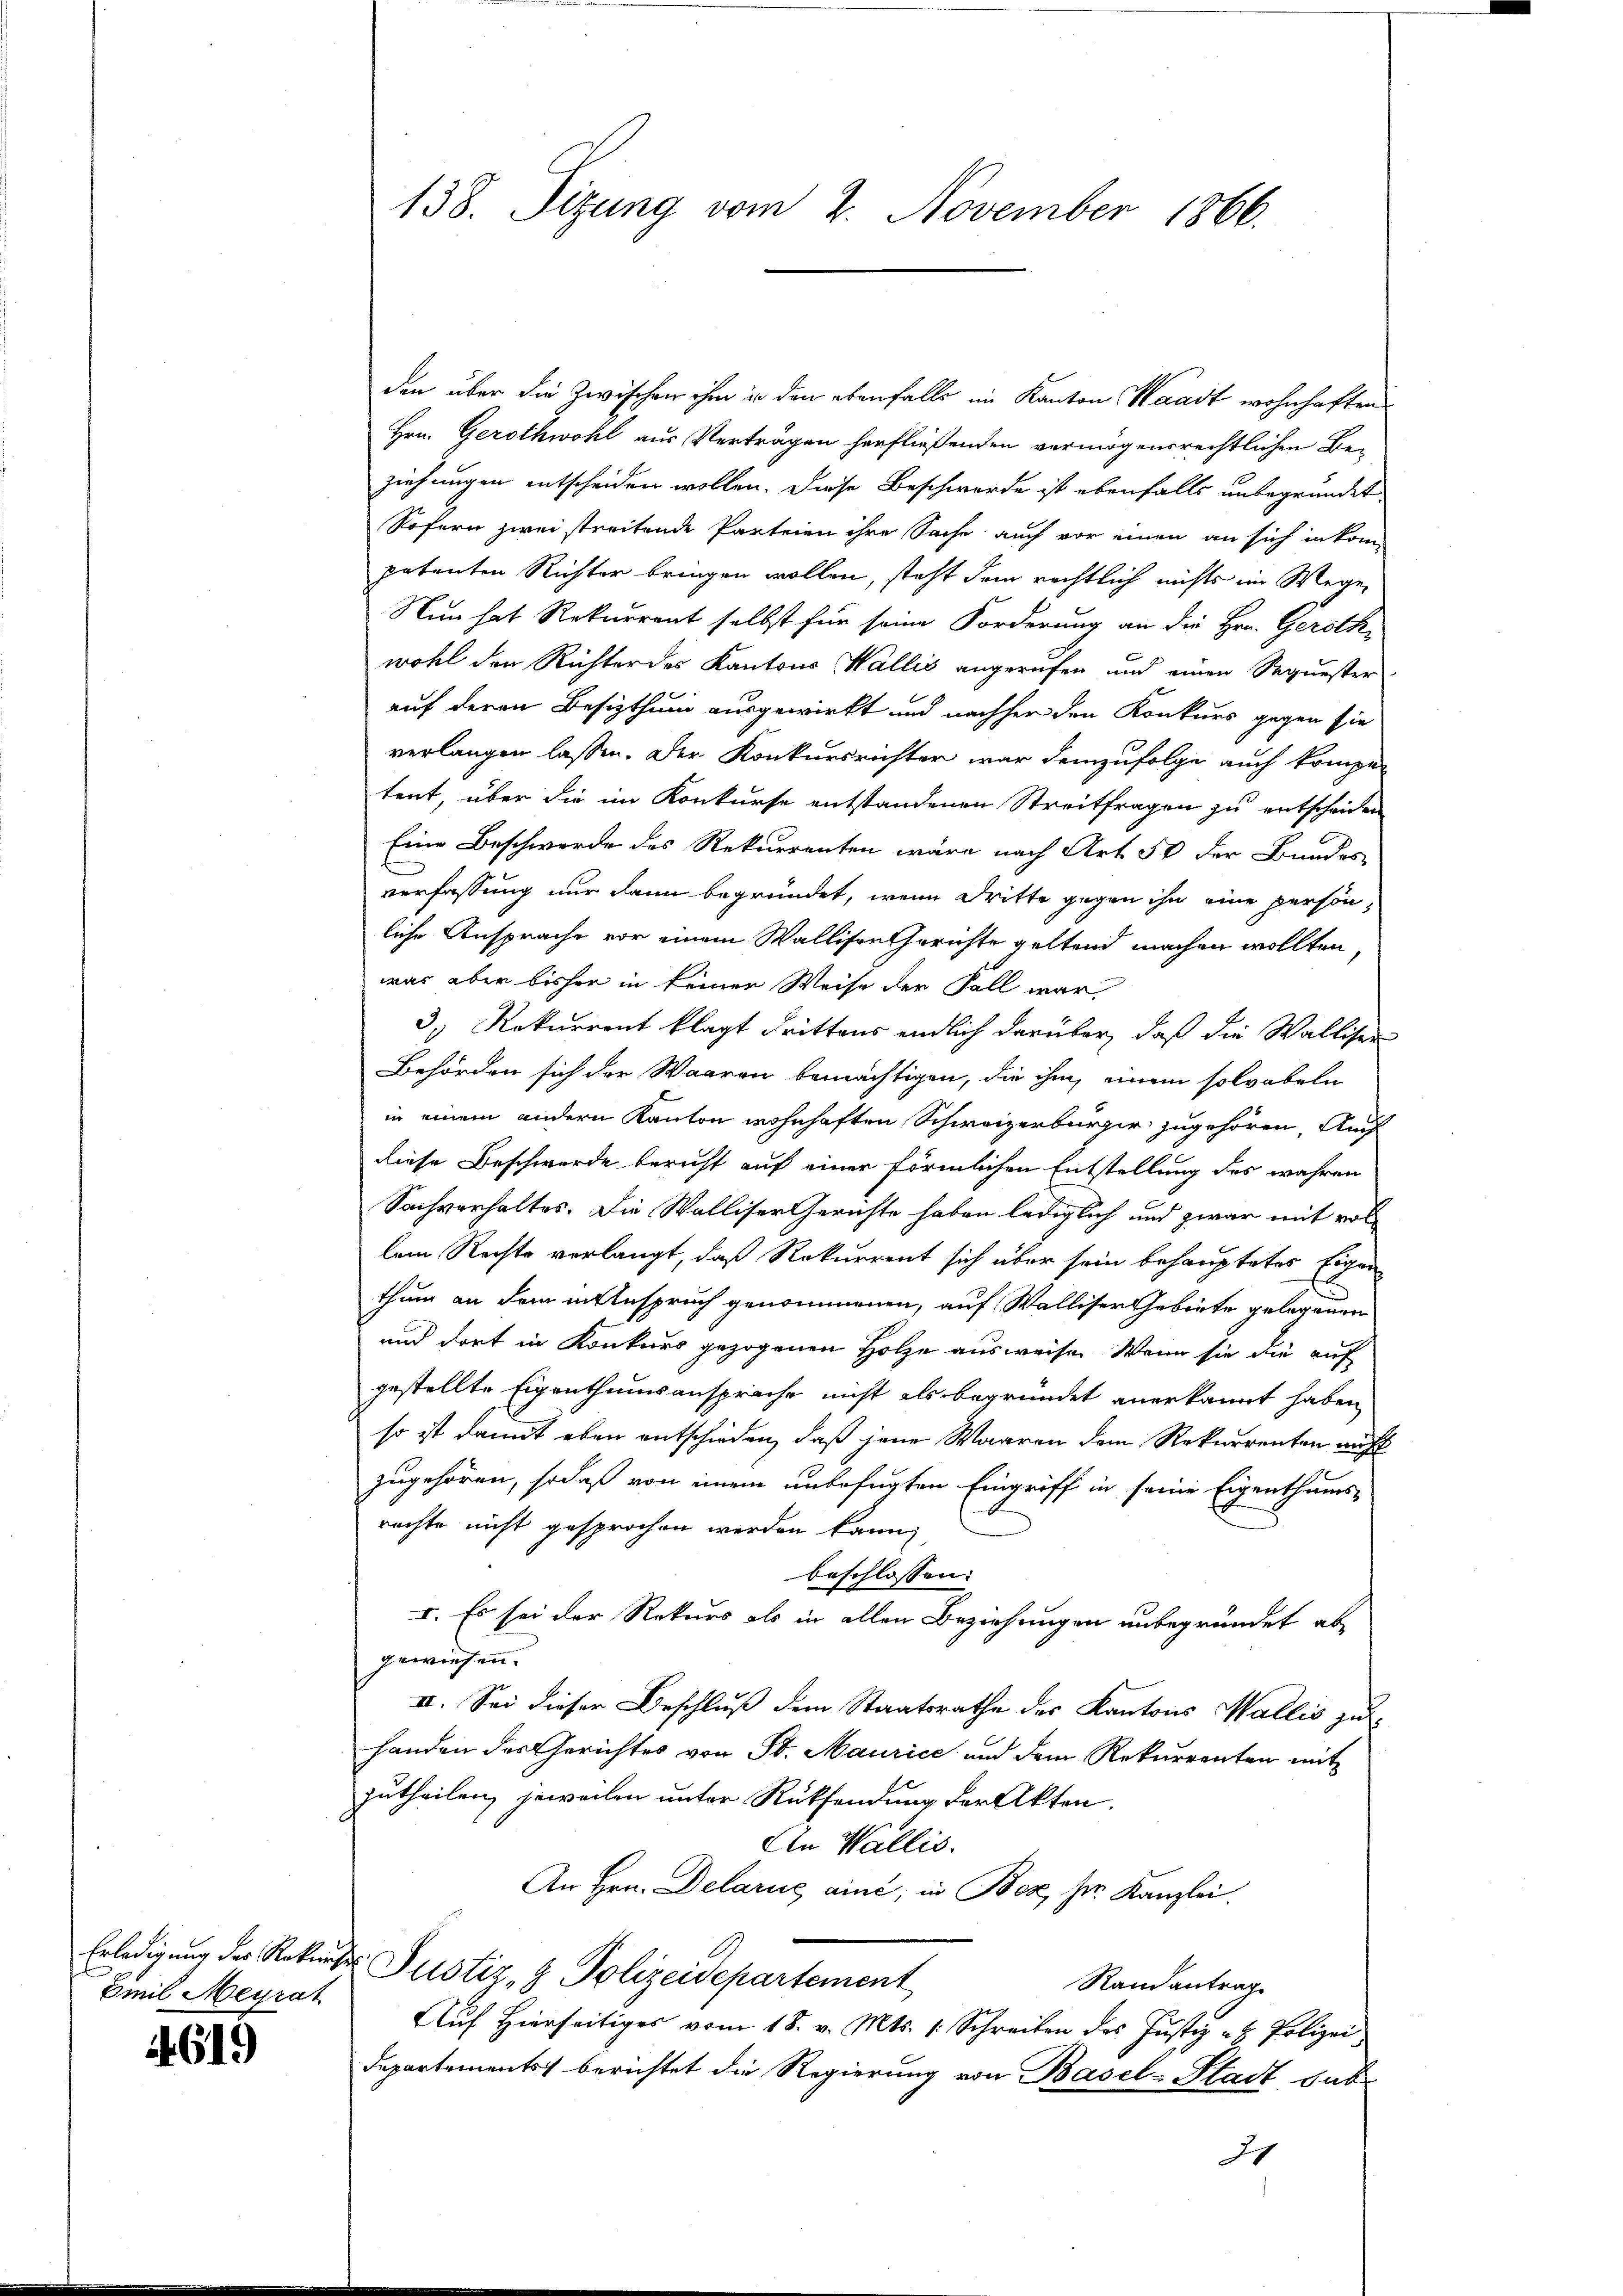
Emil Meyrat

619)

den über die zwischen ihm in den ebenfalls im Kanton Waadt wohnhaften
Hrn. Gerothwohl aus Verträgen herfließenden vermögensrechtlichen Beziehungen entscheiden wollen. Diese Beschwerde ist ebenfalls unbegründet
Sofern zwei streitende Parteien ihre Sache auch vor einen an sich in kom
petenten Richter bringen wollen, steht dem rechtlich nichts im Wege,
Nun hat Rekurrent selbst für seine Forderung an die Hrn. Geroth-
wohl den Richter des Kantons Wallis angerufen und einen Sequester
auf deren Besitzthum ausgewirkt und nachher den Konkurs gegen sie
verlangen lassen. Der Konkursrichter war demzufolge auch kompe-
tent, über die im Konkurse entstandenen Streitfragen zu entscheiden
Eine Beschwerde des Rekurrenten wäre nach Art. 50 der Bundes
verfassung nur dann begründet, wenn Dritte gegen ihn eine persönliche Ansprache vor einem Walliser Gerichte geltend machen wollten
was aber bisher in keiner Weise der Fall war
3. Rekurrent klagt drittens endlich darüber, daß die Walliser
Behörden sich der Waaren bemächtigen, die ihm einem solvabeln
in einem andern Kanton wohnhaften Schweizerbürger zugehören, Auch
diese Beschwerde bericht auf einer förmlichen Entstellung des wahren
Sachverhaltes. Die Walliser Gerichte haben lediglich und zwar mit vollem Rechte verlangt, daß Rekurrent sich über sein behauptetes Eigen
thum an dem mittespruch genommenen, auf Walliser Gebiete gelegenen
und dort in Konkurs gezogenen Holze ausweise. Wenn sie die auf
gestellte Eigenthumsansprache nicht als begründet anerkannt haben
so ist damit eben entschieden, daß jene Waaren dem Rekurrenten nicht
zugehören, sodaß von einem unbefugten Eingriff in seine Eigenthums-
rechte nicht gesprochen werden kann,
beschlossen:
I. Es sei der Rekurs als in allen Beziehungen unbegründet ab
gewiesen.
II. Sei dieser Beschluß dem Staatsrathe des Kantons Wallis zu
handen des Gerichtes von St. Maurice und dem Rekurrenten mit
zutheilen, jeweilen unter Rücksendung der Akten.
An Wallis.
An Hrn. Delarus, aine, in Boz, Dr. Kanzlei.
Erledigung des Rekurses Justiz- & Polizeidepartement
Randantrag
Aŭf Hierseitiges vom 18. v. Mts. s. Schreiben des Justiz- & Polizei
Departements berichtet die Regierung von Basel-Stadt sub
24

138. Sizung vom 2. November 1866.